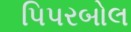
પિપરબોલ